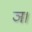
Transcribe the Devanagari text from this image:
ञ।